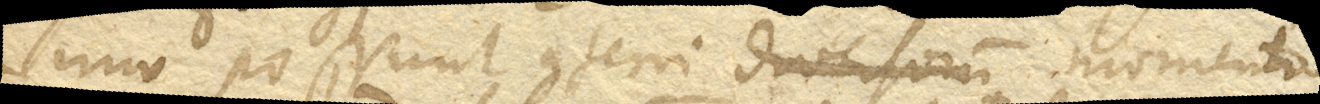
(+ Imo possunt conferri diversorum momento–